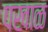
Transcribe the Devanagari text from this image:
पखाळ